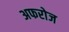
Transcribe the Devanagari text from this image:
अफरोज